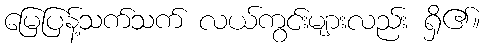
မြေပြန့်သက်သက် လယ်ကွင်းများလည်း ရှိ၏။